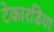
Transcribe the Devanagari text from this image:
टेकारडिया